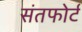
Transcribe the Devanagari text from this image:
संतफोर्ट